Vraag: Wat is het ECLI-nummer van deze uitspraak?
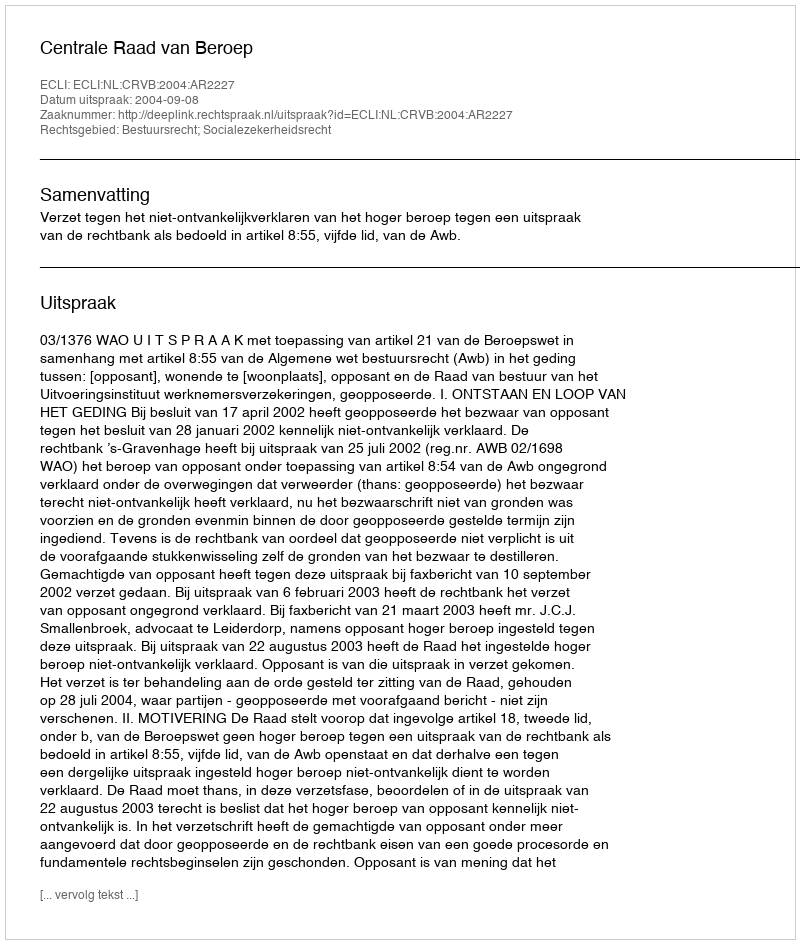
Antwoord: ECLI:NL:CRVB:2004:AR2227